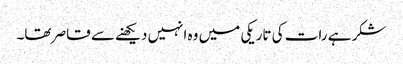
شکر ہے رات کی تاریکی میں وہ انہیں دیکھنے سے قاصر تھا۔